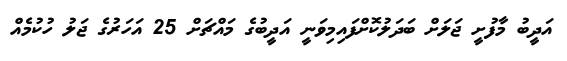
އަދީބު މާފުށީ ޖަލަށް ބަދަލުކޮށްފައިމިވަނީ އަދީބުގެ މައްޗަށް 25 އަހަރުގެ ޖަލު ހުކުމެއް